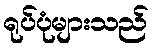
ရုပ်ပုံများသည်